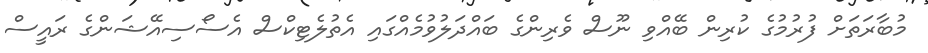
މުބާރަތަށް ފުރުމުގެ ކުރިން ބޭއްވި ނޫސް ވެރިންގެ ބައްދަލުވުމެއްގައި އެތުލެޓިކްސް އެސޯސިއޭޝަންގެ ރައީސް